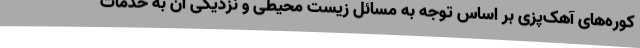
کوره‌های آهک‌پزی بر اساس توجه به مسائل زیست محیطی و نزدیکی آن به خدمات